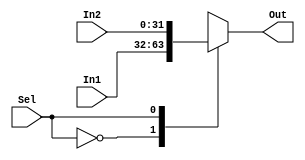
module Mux(In1, In2, Out, Sel);
	parameter S = 31;
	input [S:0] In1, In2;
    input Sel;
    output reg [S:0] Out;

	always @(Sel or In1 or In2)
	begin    
    	case (Sel)
        	0 : Out = In1;
        	1 : Out = In2;
    	endcase
	end
endmodule